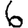
Digit: 6